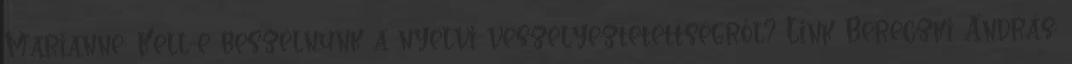
Marianne: Kell-e beszélnünk a nyelvi veszélyeztetettségről? Link Bereczki András: